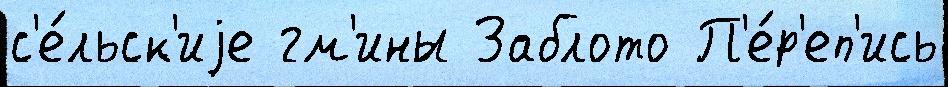
с'е́льск'иjе гм'ины Заблото П'е́р'еп'ись